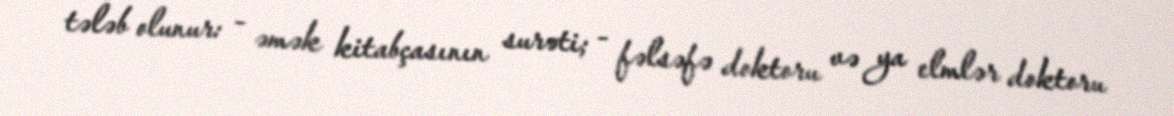
tələb olunur: - əmək kitabçasının surəti; - fəlsəfə doktoru və ya elmlər doktoru